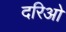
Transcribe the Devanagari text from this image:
दरिओ